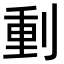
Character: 𠝤